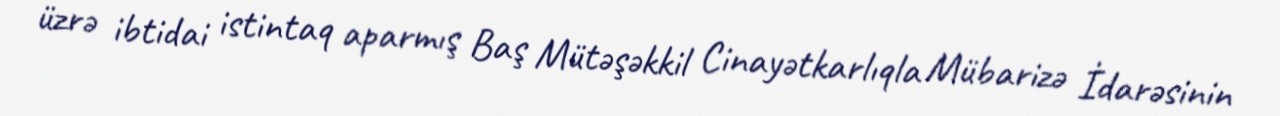
üzrə ibtidai istintaq aparmış Baş Mütəşəkkil Cinayətkarlıqla Mübarizə İdarəsinin